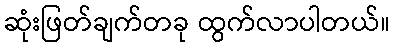
ဆုံးဖြတ်ချက်တခု ထွက်လာပါတယ်။